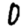
Digit: 0